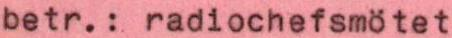
betr.: radiochefsmötet